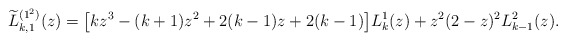
\begin{gather*} \widetilde{L}_{k,1}^{( 1^{2}) }(z) =\big[ kz^{3}-( k+1) z^{2}+2( k-1) z+2( k-1) \big] L_{k}^{1}(z) +z^{2}( 2-z) ^{2}L_{k-1}^{2}(z) .\end{gather*}